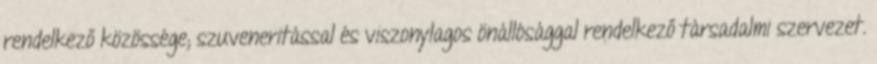
rendelkező közössége; szuveneritással és viszonylagos önállósággal rendelkező társadalmi szervezet.